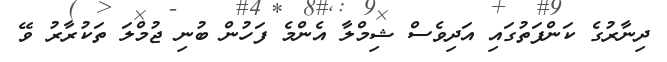
ދިނާރުގެ ކަންފަތުގައި އަދިވެސް ޝިމްލާ އެންމެ ފަހުން ބުނި ޖުމްލަ ތަކުރާރު ވޭ